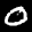
Label: 0